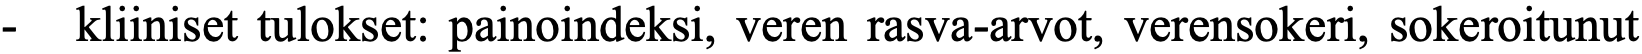
-  kliiniset tulokset: painoindeksi, veren rasva-arvot, verensokeri, sokeroitunut